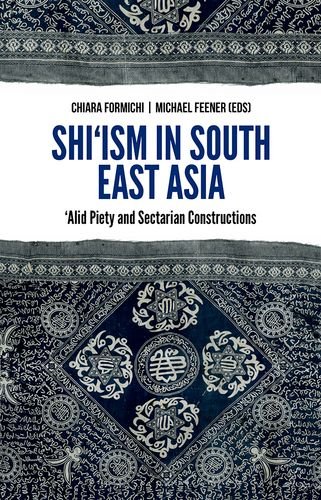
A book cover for Shi'ism in South East Asia: 'Alid Piety and Sectarian Constructions; R. Michael Feener; Religion & Spirituality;